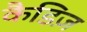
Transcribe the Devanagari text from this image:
कैडिज़